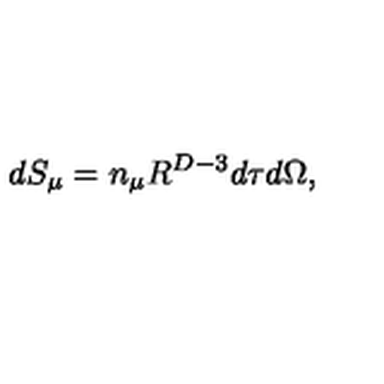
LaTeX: d S _ { \mu } = n _ { \mu } R ^ { D - 3 } d \tau d \Omega ,